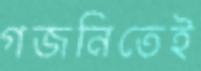
গজনিতেই